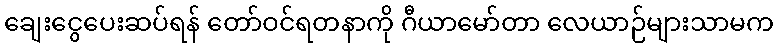
ချေးငွေပေးဆပ်ရန် တော်ဝင်ရတနာကို ဂီယာမော်တာ လေယာဉ်များသာမက